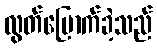
လွတ်မြောက်ခဲ့သည်